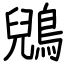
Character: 鶂